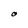
Character: O